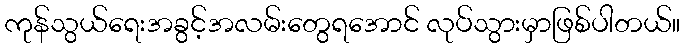
ကုန်သွယ်ရေးအခွင့်အလမ်းတွေရအောင် လုပ်သွားမှာဖြစ်ပါတယ်။